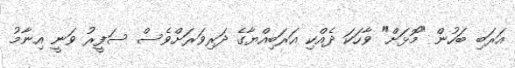
އަރަބި ބަހުން "މޮޅަށް" ވާހަކަ ދެއްކި އަރަބިއްޔާގެ ދަރިވަރަށްވެސް ސަފީރު ވަނީ އިނާމު